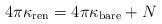
LaTeX: \begin{align*}4\pi\kappa_{\rm ren} =4\pi\kappa_{\rm bare}+N\end{align*}